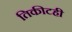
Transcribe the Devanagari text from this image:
तिकीटही